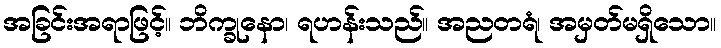
အခြင်းအရာဖြင့်။ ဘိက္ခုနော၊ ရဟန်းသည်။ အညတရံ၊ အမှတ်မရှိသော။